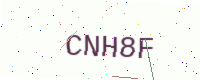
Text: CNH8F